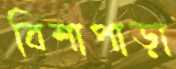
বিশাপাড়া